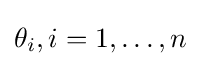
\theta _{i},i=1,\ldots ,n